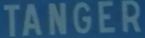
TANGER